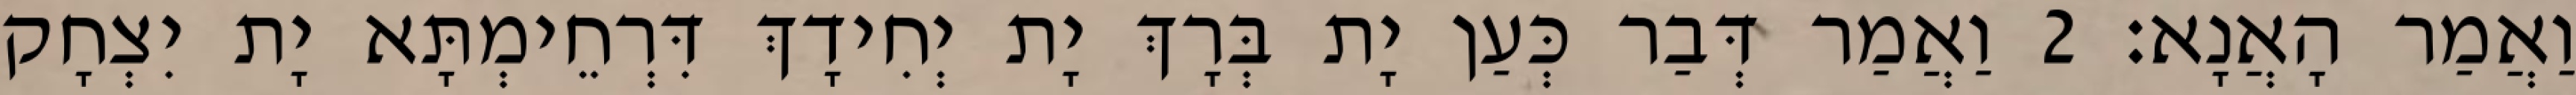
וַאֲמַר הָאֲנָא׃ 2 וַאֲמַר דְּבַר כְּעַן יָת בְּרָךְ יָת יְחִידָךְ דִּרְחֵימְתָּא יָת יִצְחָק